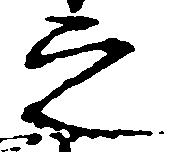
之